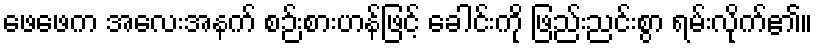
ဖေဖေက အလေးအနက် စဉ်းစားဟန်ဖြင့် ခေါင်းကို ဖြည်းညင်းစွာ ရမ်းလိုက်၏။